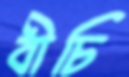
বীচি